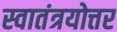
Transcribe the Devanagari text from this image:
स्वातंत्रयोत्तर